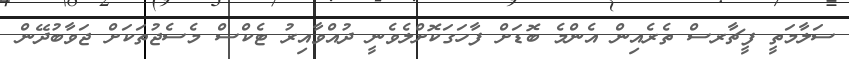
ސަލާމަތީ ފީޗާރސް ތެރެއިން އެންމެ ބޮޑަށް ފާހަގަކޮށްލެވެނީ ދުއްވާއިރު ޓެކްސް މެސެޖުތަކަށް ޖަވާބުދޭން